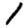
Digit: 1